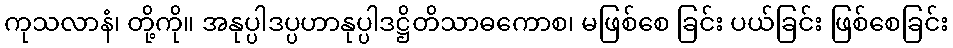
ကုသလာနံ၊ တို့ကို။ အနုပ္ပါဒပ္ပဟာနုပ္ပါဒဋ္ဌိတိသာဓကောစ၊ မဖြစ်စေ ခြင်း ပယ်ခြင်း ဖြစ်စေခြင်း